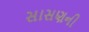
સાસણની